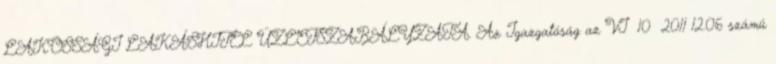
LAKOSSÁGI LAKÁSHITEL ÜZLETSZABÁLYZATA. Az Igazgatóság az VI 10 2011 12.06 számú